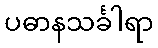
ပဓာနသင်္ခါရာ